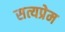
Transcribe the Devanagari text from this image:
सत्यप्रेम